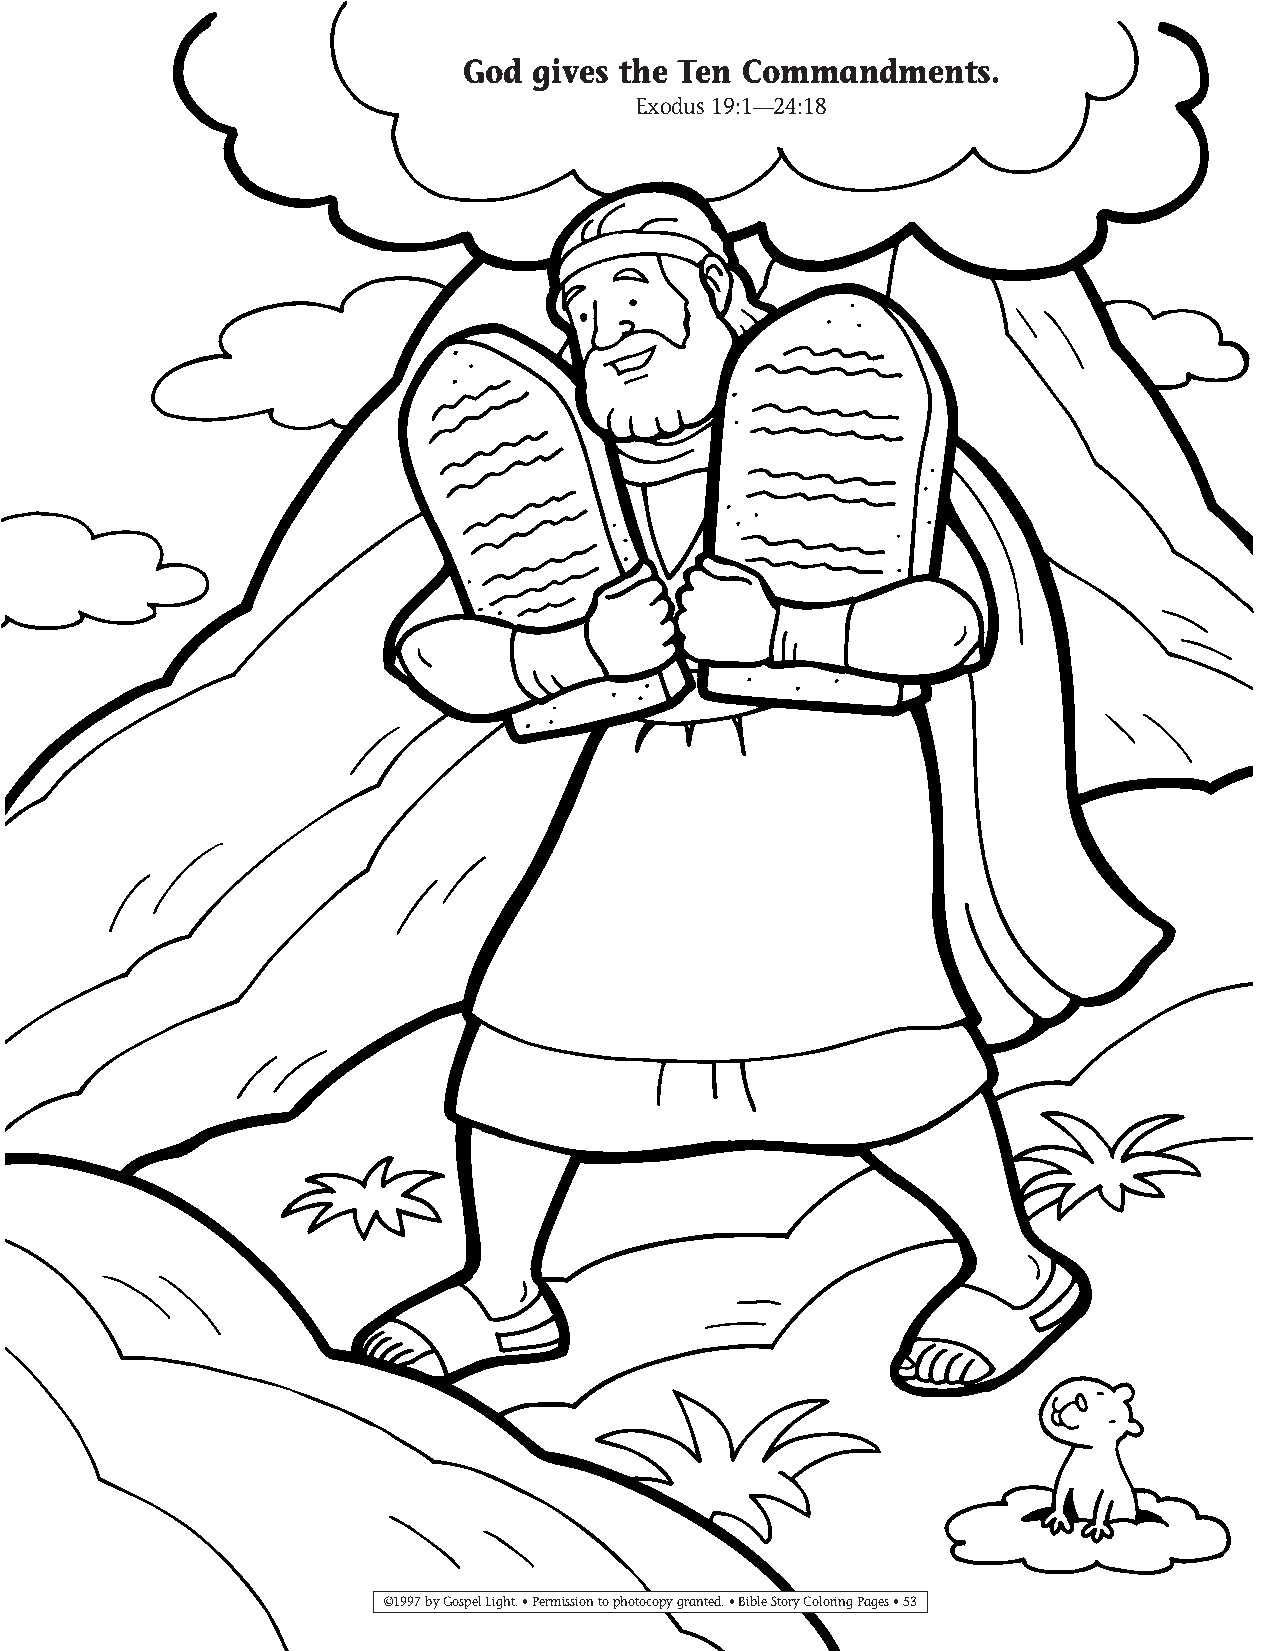
035-64 Coloring pgs_035-64 Coloring pgs 2/19/14 11:45 AM Page 53
 God  gives the Ten Commandments.
 Exodus 19:1—24:18
 ©1997 by Gospel Light. • Permission to photocopy granted. • Bible Story Coloring Pages • 53